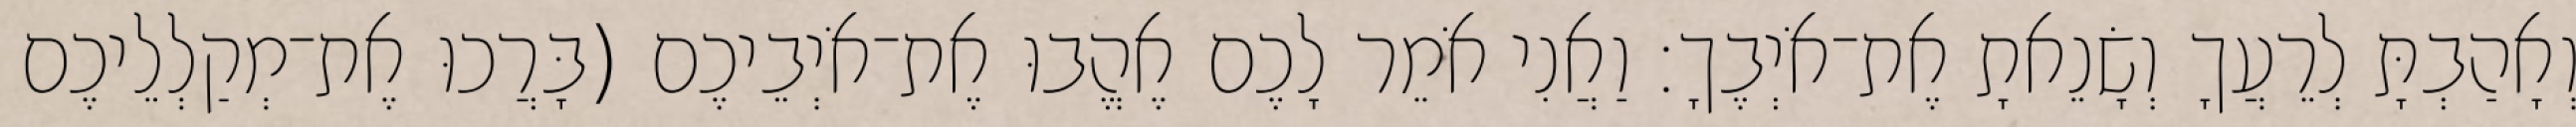
וְאָהַבְתָּ לְרֵעֲךָ וְשָׂנֵאתָ אֶת־אֹיְבֶךָ׃ וַאֲנִי אֹמֵר לָכֶם אֶהֱבוּ אֶת־אֹיְבֵיכֶם (בָּרֲכוּ אֶת־מְקַלְלֵיכֶם